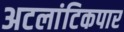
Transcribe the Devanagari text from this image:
अटलांटिकपार